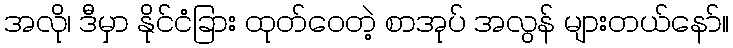
အလို၊ ဒီမှာ နိုင်ငံခြား ထုတ်ဝေတဲ့ စာအုပ် အလွန် များတယ်နော်။